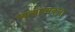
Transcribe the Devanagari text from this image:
ध्यन्यात्मकता